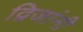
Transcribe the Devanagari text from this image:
द्विजांनी